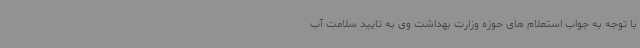
با توجه به جواب استعلام های حوزه وزارت بهداشت وی به تایید سلامت آب